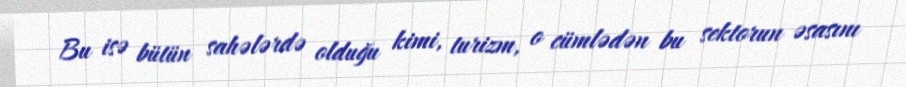
Bu isə bütün sahələrdə olduğu kimi, turizm, o cümlədən bu sektorun əsasını